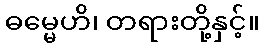
ဓမ္မေဟိ၊ တရားတို့နှင့်။